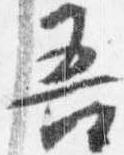
吾